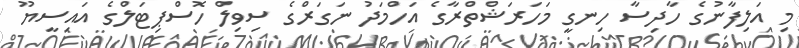
މި އަލިފާނުގެ ހާދިސާ ހިނގީ މަހަރަޝްތްރާގެ އަހްމަދު ނަގަރްގެ ސިވިލް ހޮސްޕިޓަލްގެ އައިސީޔޫ